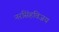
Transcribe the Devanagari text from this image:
नरसिंहविजय